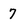
Character: 7